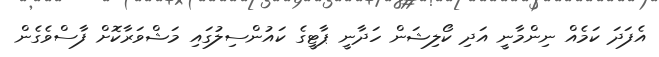
އެފަދަ ކަމެއް ނިންމާނީ އަދި ކޯލިޝަން ހަދާނީ ޕާޓީގެ ކައުންސިލުގައި މަޝްވަރާކޮށް ފާސްވެގެން